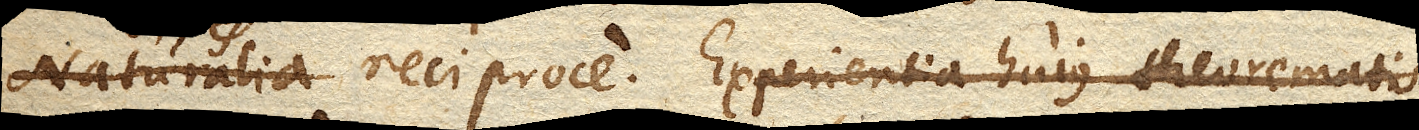
Naturalia reciproce. Experientia hujus theorematis